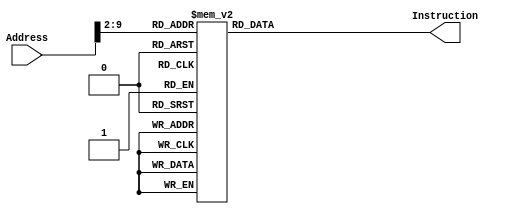
`timescale 1ns / 1ns

module InstructionMemory(
	input      [32 -1:0] Address, 
	output reg [32 -1:0] Instruction
);
	
	always @(*)
		case (Address[9:2])

			// -------- Paste Binary Instruction Below (Inst-q1-1/Inst-q1-2.txt)
8'd0: Instruction <= 32'h24100000;
8'd1: Instruction <= 32'h3c014000;
8'd2: Instruction <= 32'h34310010;
8'd3: Instruction <= 32'h241c0100;
8'd4: Instruction <= 32'h24080f40;
8'd5: Instruction <= 32'hae280000;
8'd6: Instruction <= 32'h8e280010;
8'd7: Instruction <= 32'h31080004;
8'd8: Instruction <= 32'h20010004;
8'd9: Instruction <= 32'h1428fffc;
8'd10: Instruction <= 32'h8e28000c;
8'd11: Instruction <= 32'h0008d021;
8'd12: Instruction <= 32'haf880000;
8'd13: Instruction <= 32'h3109000f;
8'd14: Instruction <= 32'h00094880;
8'd15: Instruction <= 32'h8d290000;
8'd16: Instruction <= 32'h21290f00;
8'd17: Instruction <= 32'hae290000;
8'd18: Instruction <= 32'h240a000c;
8'd19: Instruction <= 32'h8e290010;
8'd20: Instruction <= 32'h31290004;
8'd21: Instruction <= 32'h01495022;
8'd22: Instruction <= 32'h1540fffc;
8'd23: Instruction <= 32'h24090f08;
8'd24: Instruction <= 32'hae290000;
8'd25: Instruction <= 32'h24090000;
8'd26: Instruction <= 32'h001a2080;
8'd27: Instruction <= 32'h0124502a;
8'd28: Instruction <= 32'h11400010;
8'd29: Instruction <= 32'h240a0004;
8'd30: Instruction <= 32'h24020000;
8'd31: Instruction <= 32'h11400009;
8'd32: Instruction <= 32'h8e2b0010;
8'd33: Instruction <= 32'h20010004;
8'd34: Instruction <= 32'h142bfffd;
8'd35: Instruction <= 32'h8e2b000c;
8'd36: Instruction <= 32'h000b5e00;
8'd37: Instruction <= 32'h00021202;
8'd38: Instruction <= 32'h214affff;
8'd39: Instruction <= 32'h01621020;
8'd40: Instruction <= 32'h0800001f;
8'd41: Instruction <= 32'h013c5020;
8'd42: Instruction <= 32'had420004;
8'd43: Instruction <= 32'h21290004;
8'd44: Instruction <= 32'h0800001b;
8'd45: Instruction <= 32'h001a4021;
8'd46: Instruction <= 32'h24090f5c;
8'd47: Instruction <= 32'hae290000;
8'd48: Instruction <= 32'h23840004;
8'd49: Instruction <= 32'h001a2821;
8'd50: Instruction <= 32'h23bdfffc;
8'd51: Instruction <= 32'hafa80000;
8'd52: Instruction <= 32'h0c000039;
8'd53: Instruction <= 32'h8fa80000;
8'd54: Instruction <= 32'h23bd0004;
8'd55: Instruction <= 32'haf900000;
8'd56: Instruction <= 32'h0800006f;
8'd57: Instruction <= 32'h23bdfff4;
8'd58: Instruction <= 32'hafa40000;
8'd59: Instruction <= 32'hafa50004;
8'd60: Instruction <= 32'hafbf0008;
8'd61: Instruction <= 32'h24080001;
8'd62: Instruction <= 32'h0105582a;
8'd63: Instruction <= 32'h1160000c;
8'd64: Instruction <= 32'h00082821;
8'd65: Instruction <= 32'h23bdfffc;
8'd66: Instruction <= 32'hafa80000;
8'd67: Instruction <= 32'h0c000051;
8'd68: Instruction <= 32'h00022821;
8'd69: Instruction <= 32'h8fa60000;
8'd70: Instruction <= 32'h0c000061;
8'd71: Instruction <= 32'h8fa80000;
8'd72: Instruction <= 32'h23bd0004;
8'd73: Instruction <= 32'h8fa50004;
8'd74: Instruction <= 32'h21080001;
8'd75: Instruction <= 32'h0800003e;
8'd76: Instruction <= 32'h8fbf0008;
8'd77: Instruction <= 32'h8fa50004;
8'd78: Instruction <= 32'h8fa40000;
8'd79: Instruction <= 32'h23bd000c;
8'd80: Instruction <= 32'h03e00008;
8'd81: Instruction <= 32'h00054080;
8'd82: Instruction <= 32'h01044020;
8'd83: Instruction <= 32'h8d080000;
8'd84: Instruction <= 32'h20a9ffff;
8'd85: Instruction <= 32'h0120582a;
8'd86: Instruction <= 32'h15600008;
8'd87: Instruction <= 32'h22100001;
8'd88: Instruction <= 32'h00095080;
8'd89: Instruction <= 32'h01445020;
8'd90: Instruction <= 32'h8d4a0000;
8'd91: Instruction <= 32'h010a582a;
8'd92: Instruction <= 32'h11600002;
8'd93: Instruction <= 32'h2129ffff;
8'd94: Instruction <= 32'h08000055;
8'd95: Instruction <= 32'h21220001;
8'd96: Instruction <= 32'h03e00008;
8'd97: Instruction <= 32'h20c8ffff;
8'd98: Instruction <= 32'h00084080;
8'd99: Instruction <= 32'h01044020;
8'd100: Instruction <= 32'h8d090004;
8'd101: Instruction <= 32'h00055080;
8'd102: Instruction <= 32'h01445020;
8'd103: Instruction <= 32'h010a582a;
8'd104: Instruction <= 32'h15600004;
8'd105: Instruction <= 32'h8d0b0000;
8'd106: Instruction <= 32'had0b0004;
8'd107: Instruction <= 32'h2108fffc;
8'd108: Instruction <= 32'h08000067;
8'd109: Instruction <= 32'had490000;
8'd110: Instruction <= 32'h03e00008;
8'd111: Instruction <= 32'h23440001;
8'd112: Instruction <= 32'h00042080;
8'd113: Instruction <= 32'h009c2020;
8'd114: Instruction <= 32'h24050064;
8'd115: Instruction <= 32'h24061000;
8'd116: Instruction <= 32'h001c4021;
8'd117: Instruction <= 32'h0104482a;
8'd118: Instruction <= 32'h11200017;
8'd119: Instruction <= 32'h24090000;
8'd120: Instruction <= 32'h0125502a;
8'd121: Instruction <= 32'h11400012;
8'd122: Instruction <= 32'h240a0100;
8'd123: Instruction <= 32'h8d190000;
8'd124: Instruction <= 32'h0146582a;
8'd125: Instruction <= 32'h1160000c;
8'd126: Instruction <= 32'h332b000f;
8'd127: Instruction <= 32'h000b5880;
8'd128: Instruction <= 32'h8d6c0000;
8'd129: Instruction <= 32'h018a6025;
8'd130: Instruction <= 32'hae2c0000;
8'd131: Instruction <= 32'h0019c902;
8'd132: Instruction <= 32'h000a5040;
8'd133: Instruction <= 32'h3c010001;
8'd134: Instruction <= 32'h342d86a0;
8'd135: Instruction <= 32'h21adffff;
8'd136: Instruction <= 32'h15a0fffe;
8'd137: Instruction <= 32'h0800007c;
8'd138: Instruction <= 32'h21290001;
8'd139: Instruction <= 32'h08000078;
8'd140: Instruction <= 32'h21080004;
8'd141: Instruction <= 32'h08000075;
8'd142: Instruction <= 32'h24080f23;
8'd143: Instruction <= 32'hae280000;
8'd144: Instruction <= 32'h23440001;
8'd145: Instruction <= 32'h009c2020;
8'd146: Instruction <= 32'h00042080;
8'd147: Instruction <= 32'h001c4021;
8'd148: Instruction <= 32'h0104482a;
8'd149: Instruction <= 32'h1120000d;
8'd150: Instruction <= 32'h8d190000;
8'd151: Instruction <= 32'h3c09ff00;
8'd152: Instruction <= 32'h13200008;
8'd153: Instruction <= 32'h01395024;
8'd154: Instruction <= 32'h000a5602;
8'd155: Instruction <= 32'hae2a0008;
8'd156: Instruction <= 32'h8e2b0010;
8'd157: Instruction <= 32'h20010002;
8'd158: Instruction <= 32'h142bfffd;
8'd159: Instruction <= 32'h0019ca00;
8'd160: Instruction <= 32'h08000098;
8'd161: Instruction <= 32'h21080004;
8'd162: Instruction <= 32'h08000094;
8'd163: Instruction <= 32'h24080f71;
8'd164: Instruction <= 32'hae280000;
8'd165: Instruction <= 32'h080000a5;
			// -------- Paste Binary Instruction Above
			
			default: Instruction <= 32'h00000000;
		endcase
		
endmodule